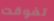
تفوقت